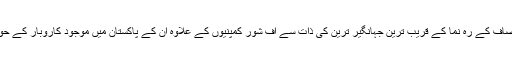
ان کی جماعت کے اہم ترین رہ نما اور تحریک انصاف کے رہ نما کے قریب ترین جہانگیر ترین کی ذات سے آف شور کمپنیوں کے علاوہ ان کے پاکستان میں موجود کاروبار کے حوالے سے بھی ’’بے نامیوں‘‘ کی کہانیاں باہر آئیں۔